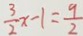
\frac { 3 } { 2 } x - 1 = \frac { 9 } { 2 }